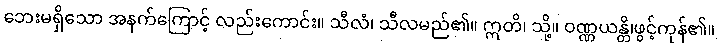
ဘေးမရှိသော အနက်ကြောင့် လည်းကောင်း။ သီလံ၊ သီလမည်၏။ ဣတိ၊ သို့။ ဝဏ္ဏယန္တိ၊ဖွင့်ကုန်၏။